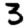
Digit: 3